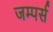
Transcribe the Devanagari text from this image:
जम्पर्स